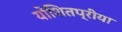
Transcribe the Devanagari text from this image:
योशितप्रीया